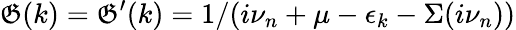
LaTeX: \mathfrak{G}(k)=\mathfrak{G}^{\prime}(k)=1/(i\nu_{n}+\mu-\epsilon_{k}-\Sigma(i\nu_{n}))